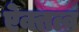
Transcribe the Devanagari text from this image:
ऐक्तत्व